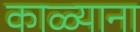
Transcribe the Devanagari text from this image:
काळ्याना